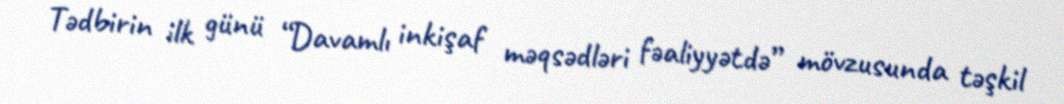
Tədbirin ilk günü “Davamlı inkişaf məqsədləri fəaliyyətdə” mövzusunda təşkil